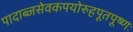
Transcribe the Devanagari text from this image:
पादाब्जसेवकपयोरुहपूतपूष्णः